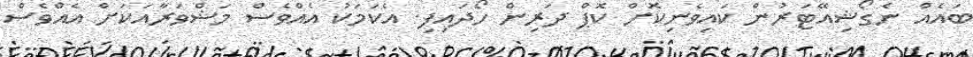
ބައެއް ނެގޯޝިއޭޓަރުން ކައިވެނިކޮށް ކޮޕް ދަރިން ހޯދައިފި. އެކަމަކު އެއްވެސް މަޝްވަރާއަކަށް އެއްވެސް